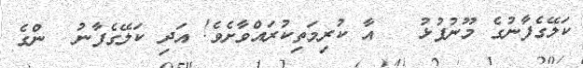
ކަލޭގެފާނުގެ މޫނުފުޅު   އާ ކުރިމަތިކުރައްވާށެވެ! އަދި ކަލޭގެފާނު  ންގެ